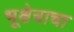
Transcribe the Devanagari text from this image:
भूक्षेत्राचा